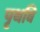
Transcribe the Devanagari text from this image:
पृथवि